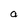
Character: a